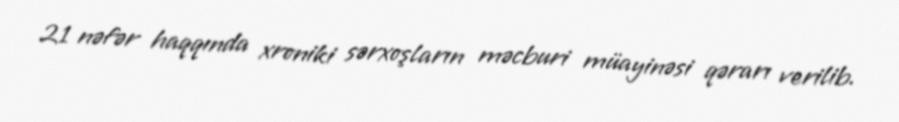
21 nəfər haqqında xroniki sərxoşların məcburi müayinəsi qərarı verilib.